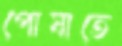
পোষাতে